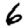
Digit: 6